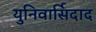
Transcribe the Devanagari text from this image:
युनिवार्सिदाद